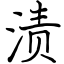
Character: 渍